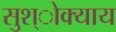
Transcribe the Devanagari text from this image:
सुश्ोक्याय